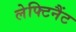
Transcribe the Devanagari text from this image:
लेफ्टिनैंट